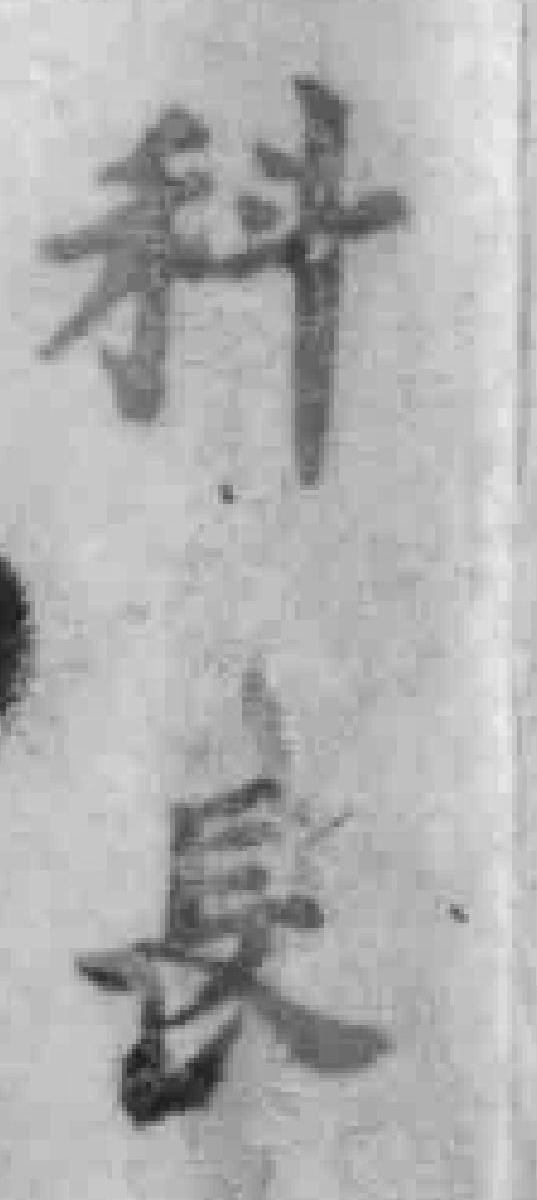
科長